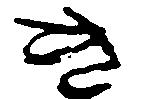
き